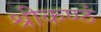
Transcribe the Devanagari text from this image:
श्रीकण्ठं